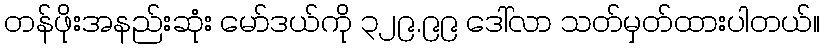
တန်ဖိုးအနည်းဆုံး မော်ဒယ်ကို ၃၂၉.၉၉ ဒေါ်လာ သတ်မှတ်ထားပါတယ်။